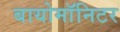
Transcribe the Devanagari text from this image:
बायोमाॅनिटर